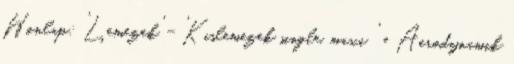
Honlap: 'Lemezek' - 'Kislemezek single, maxi ' » Aerodynamik